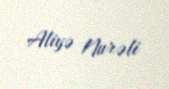
Aliyə Nurəli